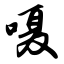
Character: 嗫